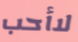
لاأحب